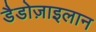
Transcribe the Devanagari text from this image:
डैडोज़ाइलान